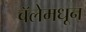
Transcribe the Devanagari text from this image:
बॅलेमधून